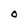
Character: 0